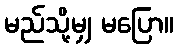
မည်သို့မျှ မပြော။